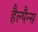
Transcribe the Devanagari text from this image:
हैल्पैन्स